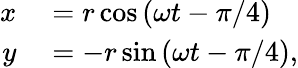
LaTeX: \begin{array}{rl}{x}&{{}=r\cos{(\omega t-\pi/4)}}\\ {y}&{{}=-r\sin{(\omega t-\pi/4)},}\end{array}